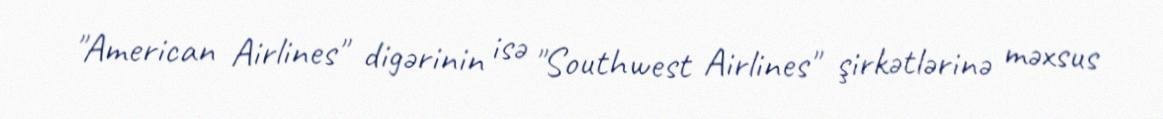
"American Airlines" digərinin isə "Southwest Airlines" şirkətlərinə məxsus